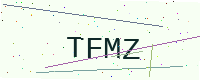
Text: TFMZ